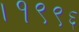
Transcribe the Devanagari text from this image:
।१९९६